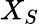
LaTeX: X_{S}